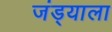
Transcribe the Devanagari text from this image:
जंड्याला